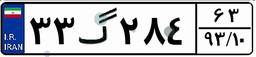
۳۳گ۲۸۴۶۳